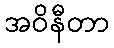
အဝိနီတာ